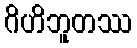
ဂိဟိဘူတဿ